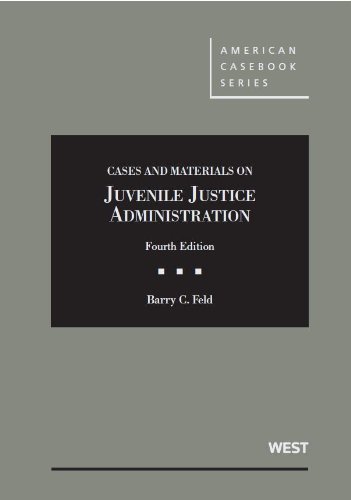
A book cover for Cases and Materials on Juvenile Justice Administration (American Casebook Series); Barry Feld; Law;